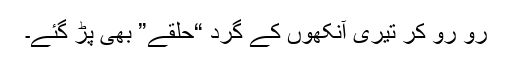
رو رو کر تیری آنکھوں کے گرد “حلقے” بھی پڑ گئے۔